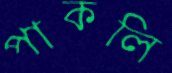
পাকলি